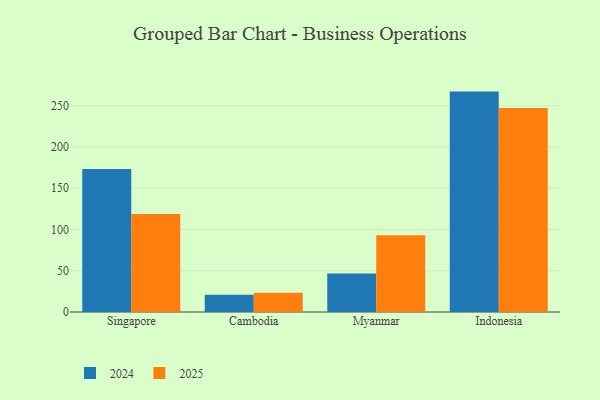
{"axis": {"x": "Country", "y": "Conversion Rate (%)"}, "legend": ["2024", "2025"], "data": [{"x": "Singapore", "y": 173.3, "type": "2024"}, {"x": "Singapore", "y": 118.9, "type": "2025"}, {"x": "Cambodia", "y": 20.8, "type": "2024"}, {"x": "Cambodia", "y": 23.2, "type": "2025"}, {"x": "Myanmar", "y": 46.6, "type": "2024"}, {"x": "Myanmar", "y": 92.9, "type": "2025"}, {"x": "Indonesia", "y": 267.1, "type": "2024"}, {"x": "Indonesia", "y": 247.2, "type": "2025"}]}